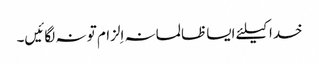
خدا کیلئے ایسا ظالمانہ اِلزام تو نہ لگائیں۔